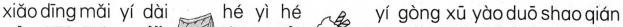
xiǎo dīng mǎi yí dài hé yì hé yí gòng xū yào duō shαo qián